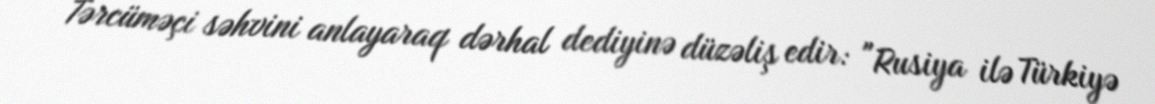
Tərcüməçi səhvini anlayaraq dərhal dediyinə düzəliş edir: "Rusiya ilə Türkiyə